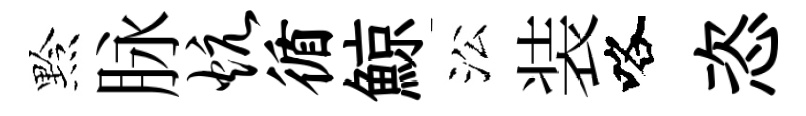
黔脉炕循鯨㳂装咯恣